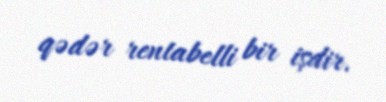
qədər rentabelli bir işdir.